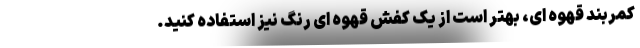
کمربند قهوه ای، بهتر است از یک کفش قهوه ای رنگ نیز استفاده کنید.